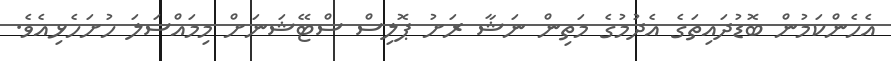
އެހެންކަމުން ބޮޑުދައިތަގެ އެދުމުގެ މަތިން ނަޝާ ރަށު ޕޮލިސް ސްޓޭޝަނަށް މިމައްސަލަ ހުށަހެޅިއެވެ.